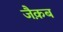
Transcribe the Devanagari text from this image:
जैक़ब